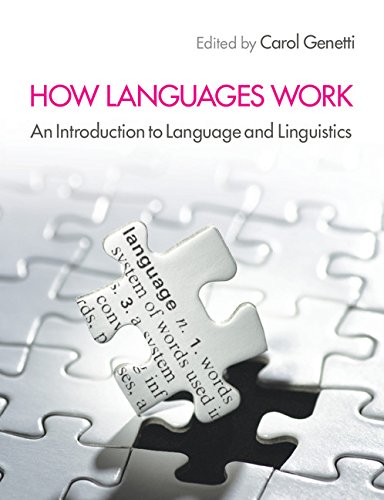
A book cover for How Languages Work: An Introduction to Language and Linguistics; Reference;